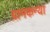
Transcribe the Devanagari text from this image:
ग्रामकन्या